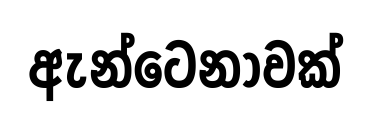
ඇන්ටෙනාවක්